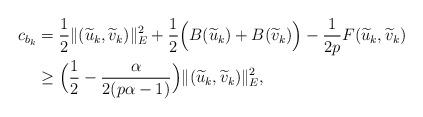
LaTeX: \begin{align*}c_{b_{k}}&=\frac{1}{2}\|(\widetilde{u}_{k},\widetilde{v}_{k})\|_{E}^{2}+\frac{1}{2}\Big(B(\widetilde{u}_{k})+B(\widetilde{v}_{k})\Big)-\frac{1}{2p}F(\widetilde{u}_{k},\widetilde{v}_{k})\\&\geq\Big(\frac{1}{2}-\frac{\alpha}{2(p\alpha-1)}\Big)\|(\widetilde{u}_{k},\widetilde{v}_{k})\|_{E}^{2},\end{align*}